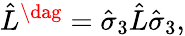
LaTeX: \hat{L}^{\dag}=\hat{\sigma}_{3}\hat{L}\hat{\sigma}_{3},